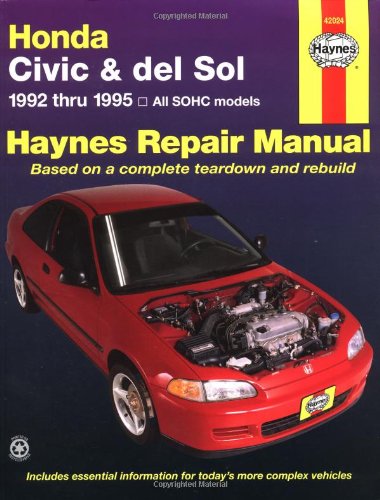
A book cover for Honda Civic & del Sol: 1992 thru 1995 All SOHC models Haynes Repair Manual; Mike Stubblefield; Engineering & Transportation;